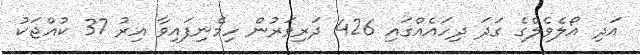
އަދި އޯލެވެލްގެ ގަދަ ދިހައެއްގައި 426 ދަރިވަރުން ހިމެނިފައިވާ އިރު 37 ކުއްޖަކު